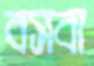
বসবা